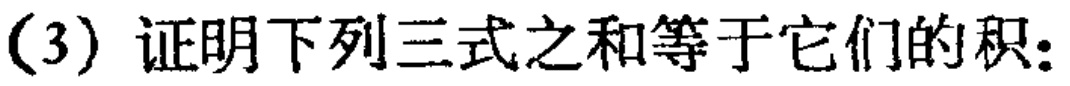
(3) 证明下列三式之和等于它们的积: